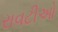
રાવટીઓ